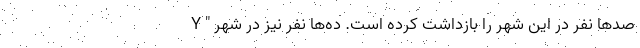
صدها نفر در این شهر را بازداشت کرده است. ده‌ها نفر نیز در شهر " Y